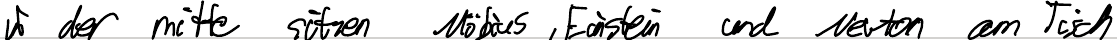
in der mitte sitzen Möbius, Einstein und Newton am Tisch